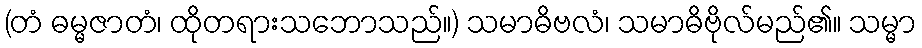
(တံ ဓမ္မဇာတံ၊ ထိုတရားသဘောသည်။) သမာဓိဗလံ၊ သမာဓိဗိုလ်မည်၏။ သမ္မာ